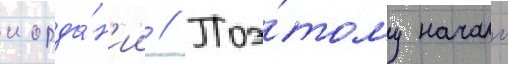
иорда́н'ии // Поэ́тому начало